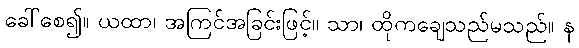
ခေါ်စေ၍။ ယထာ၊ အကြင်အခြင်းဖြင့်။ သာ၊ ထိုကချေသည်မသည်။ န